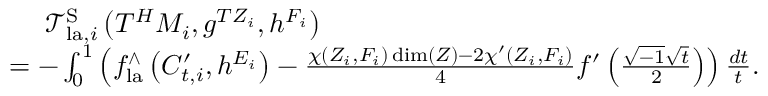
\begin{array} { r l } & { \ \ \ \ \mathcal { T } _ { \mathrm { l a } , i } ^ { \mathrm { S } } \left( T ^ { H } M _ { i } , g ^ { T Z _ { i } } , h ^ { F _ { i } } \right) } \\ & { = - \int _ { 0 } ^ { 1 } \left( f _ { \mathrm { l a } } ^ { \wedge } \left( C _ { t , i } ^ { \prime } , h ^ { { E _ { i } } } \right) - \frac { \chi ( Z _ { i } , F _ { i } ) \dim ( Z ) - 2 \chi ^ { \prime } ( Z _ { i } , F _ { i } ) } { 4 } f ^ { \prime } \left( \frac { \sqrt { - 1 } \sqrt { t } } { 2 } \right) \right) \frac { d t } { t } . } \end{array}